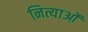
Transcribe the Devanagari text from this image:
नित्याओं